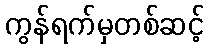
ကွန်ရက်မှတစ်ဆင့်